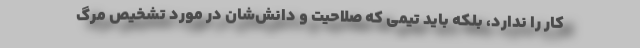
کار را ندارد، بلکه باید تیمی که صلاحیت‌ و دانش‌شان در مورد تشخیص مرگ